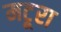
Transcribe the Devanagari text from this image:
मटूरा